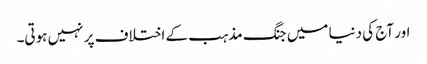
اور آج کی دنیا میں جنگ مذہب کے اختلاف پر نہیں ہوتی۔